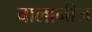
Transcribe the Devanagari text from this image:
बालानीज